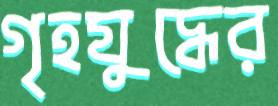
গৃহযুদ্ধের